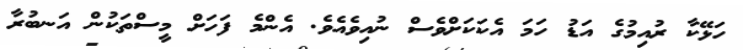
ހަޅޭކާ ރުއިމުގެ އަޑު ހަމަ އެކަކަށްވެސް ނުއިވެއެވެ. އެންމެ ފަހަށް މީސްތަކުން އަނބުރާ